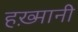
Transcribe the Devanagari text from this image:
हख़्मानी